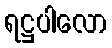
ရဋ္ဌပါလော